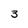
Character: 3